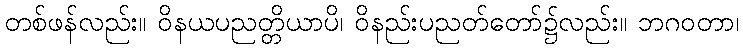
တစ်ဖန်လည်း။ ဝိနယပညတ္တိယာပိ၊ ဝိနည်းပညတ်တော်၌လည်း။ ဘဂဝတာ၊